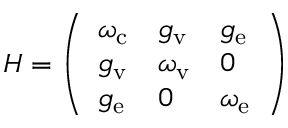
H = \left( \begin{array} { l l l } { \omega _ { \mathrm { c } } } & { g _ { \mathrm { v } } } & { g _ { \mathrm { e } } } \\ { g _ { \mathrm { v } } } & { \omega _ { \mathrm { v } } } & { 0 } \\ { g _ { \mathrm { e } } } & { 0 } & { \omega _ { \mathrm { e } } } \end{array} \right)